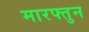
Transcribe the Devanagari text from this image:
मारफ्तुन